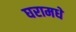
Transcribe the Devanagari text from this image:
घरामधे